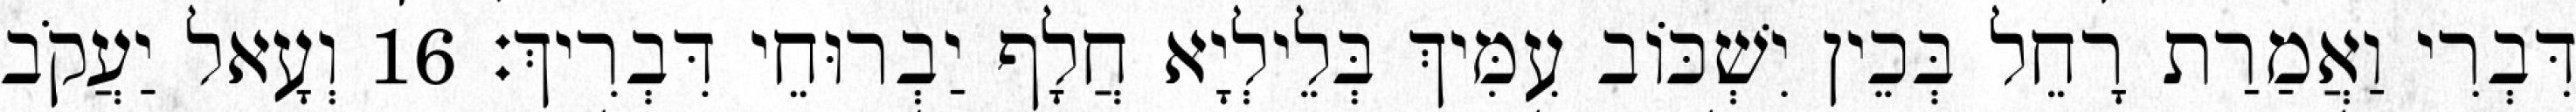
דִּבְרִי וַאֲמַרַת רָחֵל בְּכֵין יִשְׁכּוֹב עִמִּיךְ בְּלֵילְיָא חֲלָף יַבְרוּחֵי דִּבְרִיךְ׃ 16 וְעָאל יַעֲקֹב